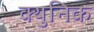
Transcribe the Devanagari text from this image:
क्युनिक